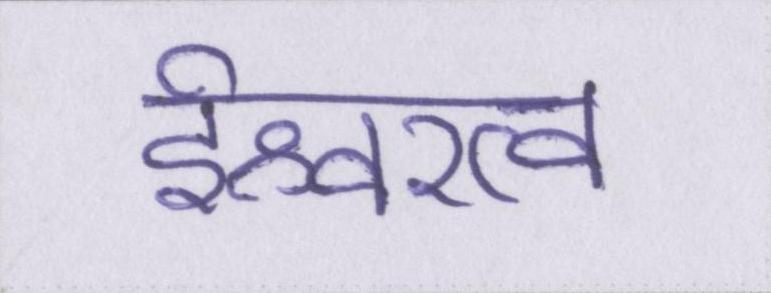
ईश्वरत्व